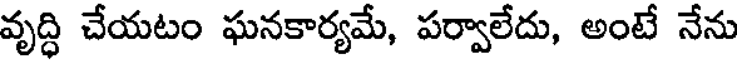
వృద్ధి చేయటం ఘనకార్యమే, పర్వాలేదు, అంటే నేను